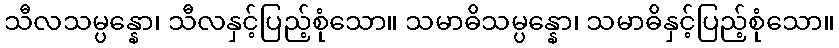
သီလသမ္ပန္နော၊ သီလနှင့်ပြည့်စုံသော။ သမာဓိသမ္ပန္နော၊ သမာဓိနှင့်ပြည့်စုံသော။